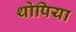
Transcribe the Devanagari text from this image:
थोपिया